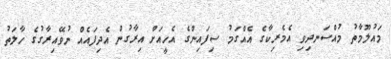
މައުލޫމާތު މުއްސަނދިވި އެމެރިކާގެ އެއްގަމު ސިފައިންގެ އެހީއަށް އިރާގުން އެދިފައެއް ނުވޭއިރާގުގެ ހާލަތު